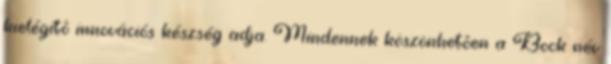
kielégítô innovációs készség adja. Mindennek köszönhetôen a Bock név